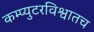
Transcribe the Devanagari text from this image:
कम्प्युटरविश्वातच